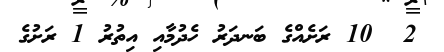
2  10 ރަށެއްގެ ބަނދަރު ހެދުމާއި އިތުރު 1 ރަށުގެ